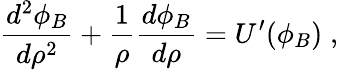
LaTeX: \frac{d^{2}\phi_{B}}{d\rho^{2}}+\frac{1}{\rho}\frac{d\phi_{B}}{d\rho}=U^{\prime}(\phi_{B})\; ,